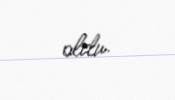
oldu.